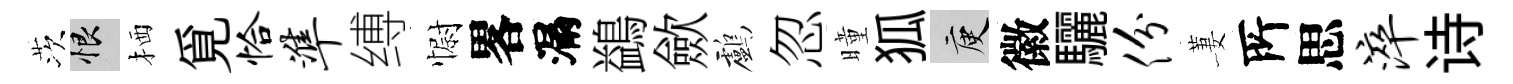
茨恨栖覓恰准缚𢠢畧漏鷁歛鸕忽曈狐庾徽驪份萋𠩄思淬诗